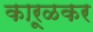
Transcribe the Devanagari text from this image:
कारूळकर